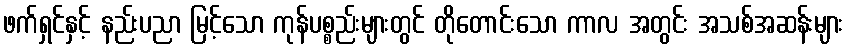
ဖက်ရှင်နှင့် နည်းပညာ မြင့်သော ကုန်ပစ္စည်းများတွင် တိုတောင်းသော ကာလ အတွင်း အသစ်အဆန်းများ